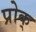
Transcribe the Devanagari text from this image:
प्रोक्